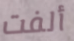
ألفت